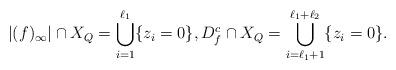
LaTeX: \begin{align*}|(f)_{\infty}|\cap X_Q= \bigcup_{i=1}^{\ell_1}\{z_i=0\}, D_f^c\cap X_Q= \bigcup_{i=\ell_1+1}^{\ell_1+\ell_2}\{z_i=0\}.\end{align*}